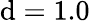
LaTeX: \mathrm{d}=1.0